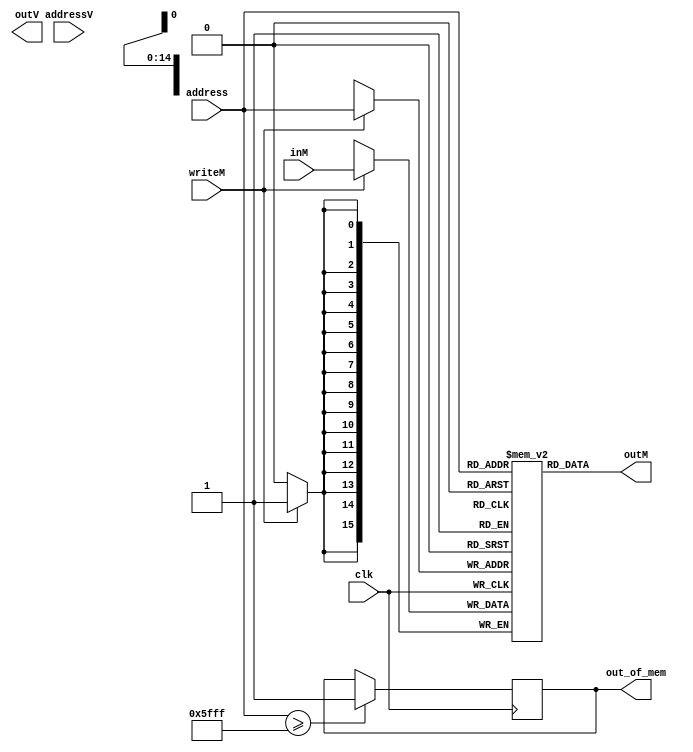
`timescale 1ns / 1ps

module RAM(
    input  wire clk,
    
    input  wire writeM,
    
    input  wire [14 : 0] address,
    input  wire [15 : 0] inM,
    
    input  wire [14 : 0] addressV,
    output wire [15 : 0] outV,
    
    output wire [15 : 0] outM,
    output reg  out_of_mem
    );

localparam mem_depth = 24575;

reg [15 : 0] storage [mem_depth - 1 : 0];

assign outM = storage[address];

always@(posedge clk)
    begin
    
    if (address >= mem_depth)
        out_of_mem <= 1;
        
    if (writeM)
        storage[address] <= inM;
    
    end

endmodule